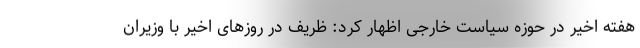
هفته اخیر در حوزه سیاست خارجی اظهار کرد: ظریف در روزهای اخیر با وزیران